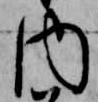
内